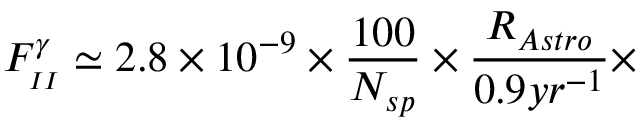
F _ { _ { I I } } ^ { \gamma } \simeq 2 . 8 \times 1 0 ^ { - 9 } \times \frac { 1 0 0 } { N _ { s p } } \times \frac { R _ { A s t r o } } { 0 . 9 y r ^ { - 1 } } \times